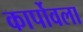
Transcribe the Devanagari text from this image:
कार्पोवला